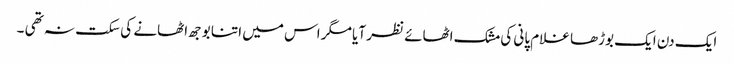
ایک دن ایک بوڑھا غلام پانی کی مشک اٹھائے نظر آیا مگر اس میں اتنا بوجھ اٹھانے کی سکت نہ تھی ۔